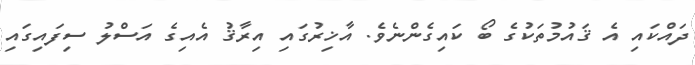
ދައްކައި އެ ޤައުމުތަކުގެ ބޯ ކައިގެންނެވެ. އާޚިރުގައި އިރާޤު އެއިގެ އަސްލު ސިފައިގައި